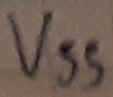
Text: VSS